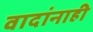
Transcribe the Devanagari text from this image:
वादांनाही